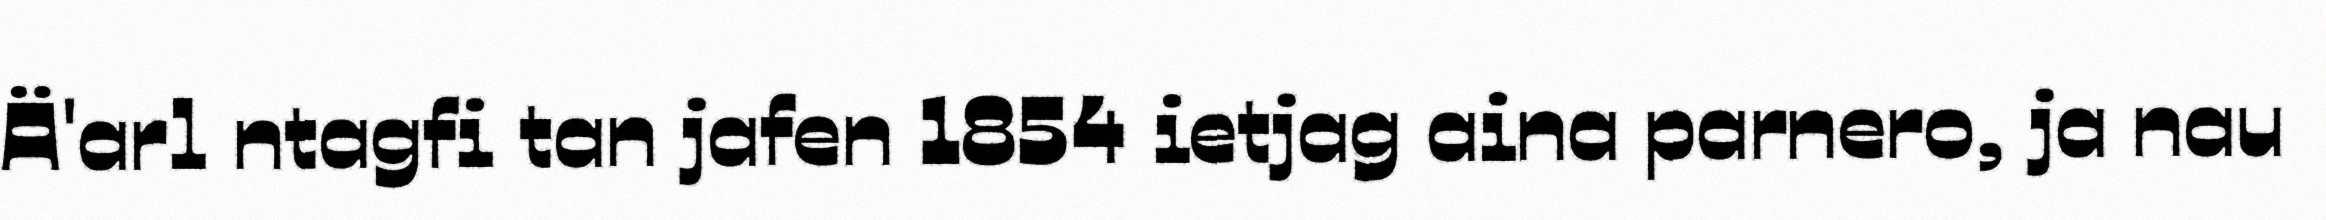
Ä'arl ntagfi tan jafen 1854 ietjag aina parnero, ja nau